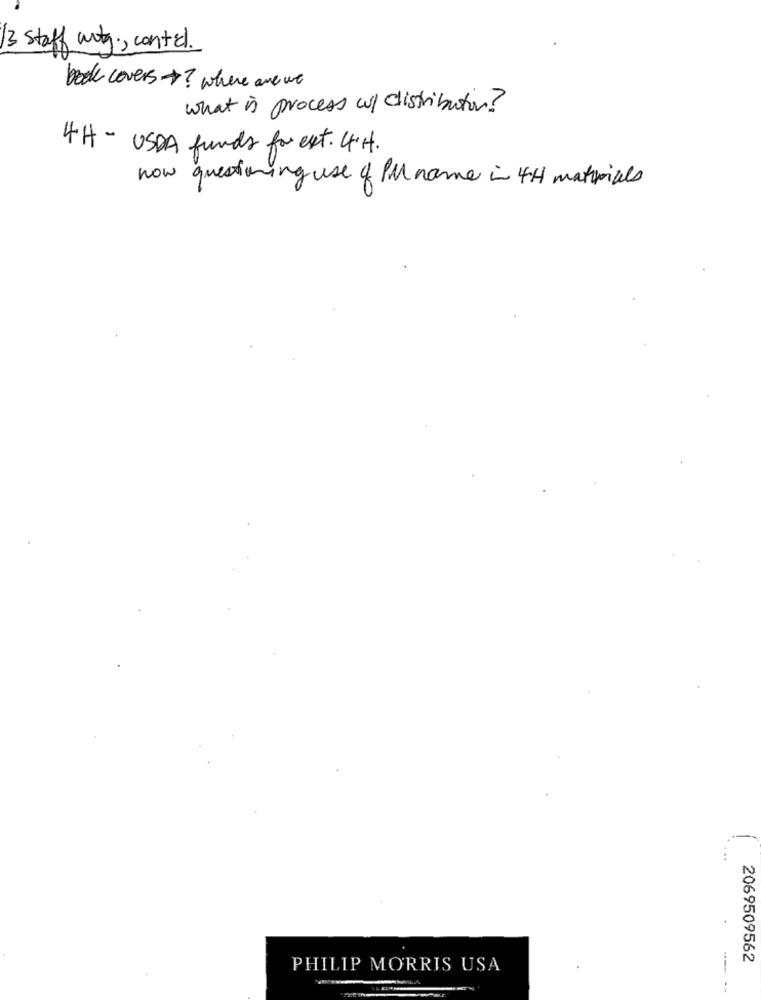
13 staff city ., contal .
book covers+? where are we
what is process w/ distribution?
4H - USDA funds for est. 4H.
how questioning use of PM name in 4H materials
-
2069509562
PHILIP MORRIS USA